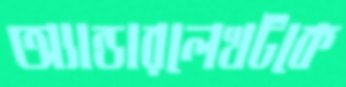
অ্যান্ডারলেখটকে